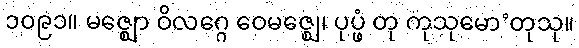
၁၀၉၁။ မဇ္ဈော ဝိလဂ္ဂေ ဝေမဇ္ဈေ၊ ပုပ္ဖံ တု ကုသုမော’တုသု။